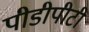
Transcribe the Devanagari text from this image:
पीडीपीटी